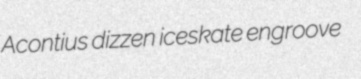
Acontius dizzen iceskate engroove